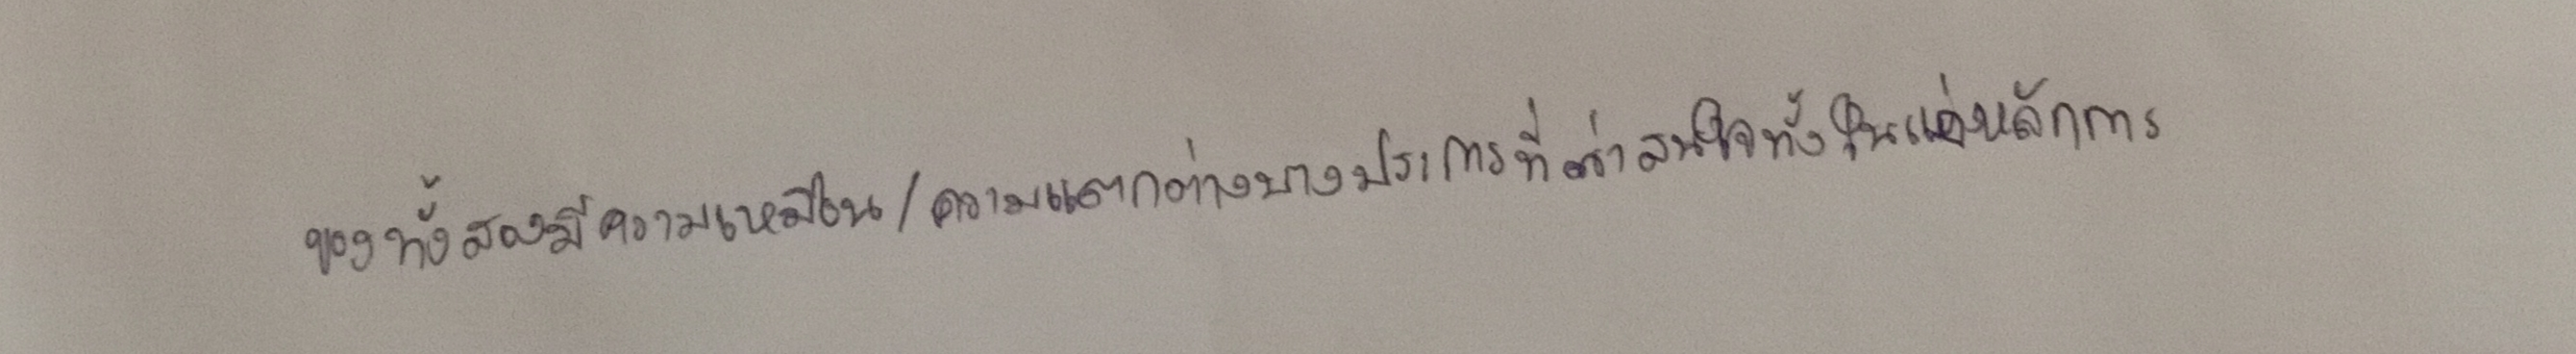
ของทั้งสองมีความเหมือน/ความแตกต่างบางประการที่น่าสนใจทั้งในแง่หลักการ,